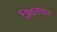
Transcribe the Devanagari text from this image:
जिवनाचाच